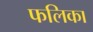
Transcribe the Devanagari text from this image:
फलिका